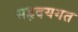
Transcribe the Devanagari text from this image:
सहृदयगत